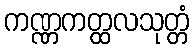
ကဏ္ဏကတ္ထလသုတ္တံ